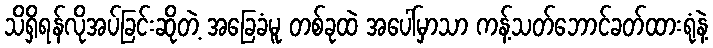
သိရှိရန်လိုအပ်ခြင်းဆိုတဲ့ အခြေခံမူ တစ်ခုထဲ အပေါ်မှာသာ ကန့်သတ်ဘောင်ခတ်ထားရုံနဲ့